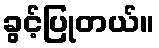
ခွင့်ပြုတယ်။